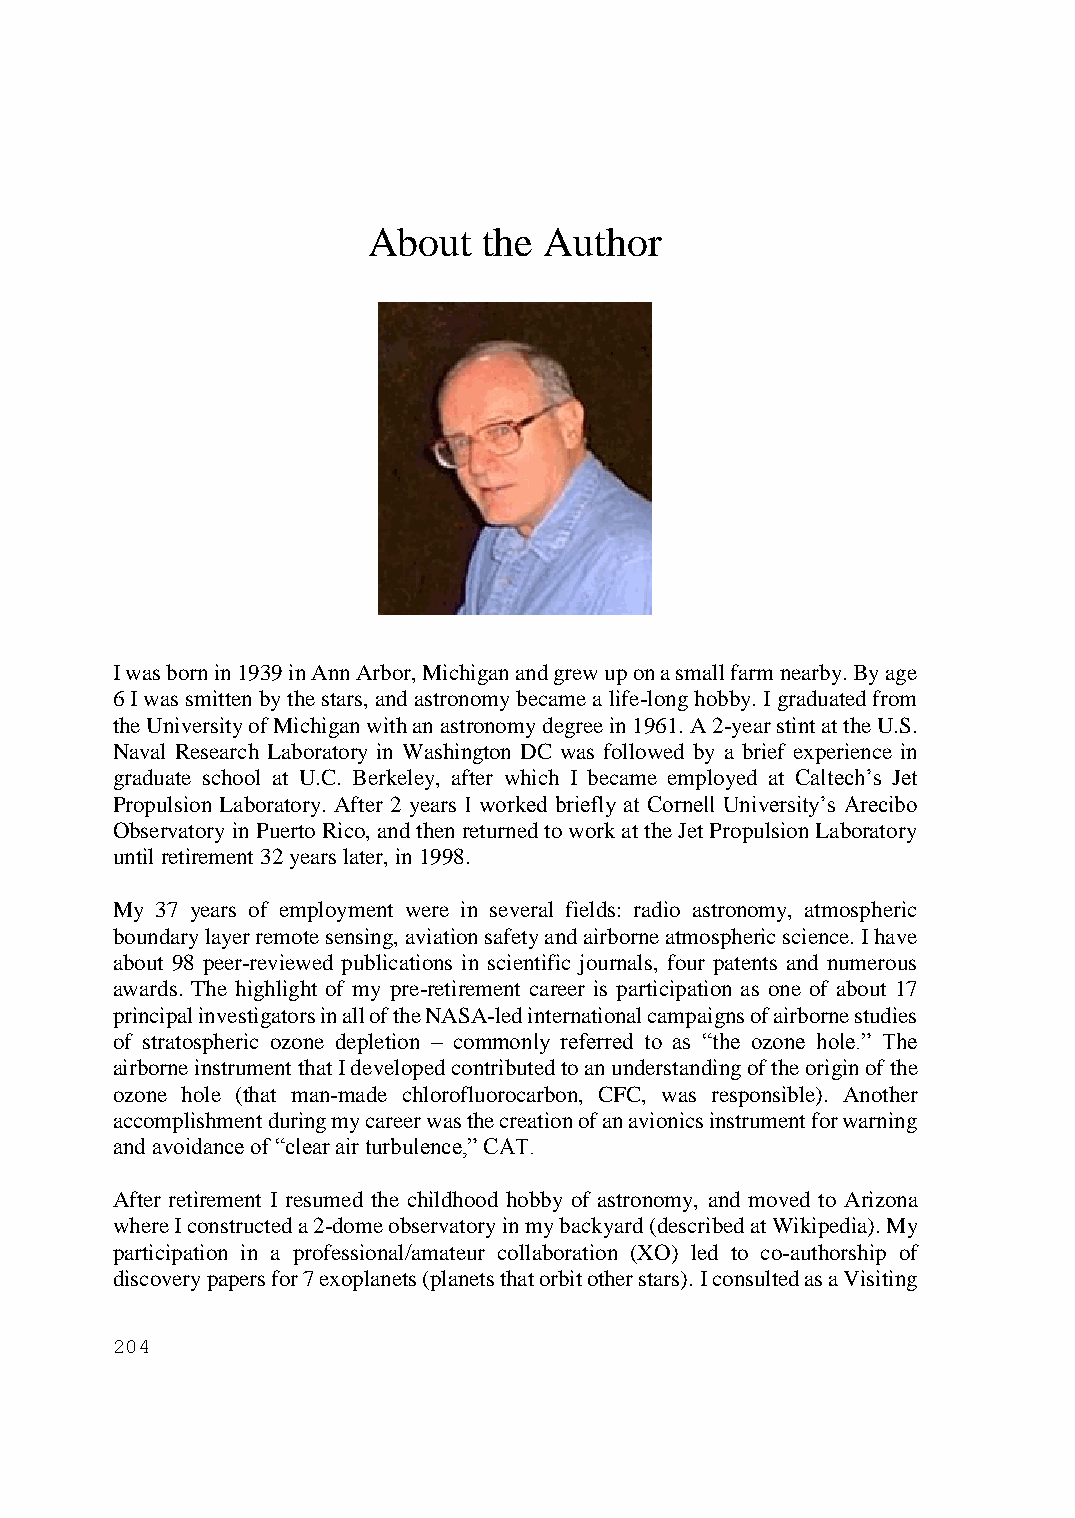
About   the Author
 I was born in 1939 in Ann Arbor, Michigan and grew up on a small farm nearby. By age
 6 I was smitten by the stars, and astronomy became a life-long hobby. I graduated from
 the University of Michigan with an astronomy degree in 1961. A 2-year stint at the U.S.
 Naval Research Laboratory in Washington DC was followed by a brief experience in
 graduate school at U.C. Berkeley, after which I became employed at Caltech’s Jet
 Propulsion Laboratory. After 2 years I worked briefly at Cornell University’s Arecibo
 Observatory in Puerto Rico, and then returned to work at the Jet Propulsion Laboratory
 until retirement 32 years later, in 1998.
 My 37 years of employment were in several fields: radio astronomy, atmospheric
 boundary layer remote sensing, aviation safety and airborne atmospheric science. I have
 about 98 peer-reviewed publications in scientific journals, four patents and numerous
 awards. The highlight of my pre-retirement career is participation as one of about 17
 principal investigators in all of the NASA-led international campaigns of airborne studies
 of stratospheric ozone depletion – commonly referred to as “the ozone hole.” The
 airborne instrument that I developed contributed to an understanding of the origin of the
 ozone hole (that man-made chlorofluorocarbon, CFC, was responsible). Another
 accomplishment during my career was the creation of an avionics instrument for warning
 and avoidance of “clear air turbulence,” CAT.
 After retirement I resumed the childhood hobby of astronomy, and moved to Arizona
 where I constructed a 2-dome observatory in my backyard (described at Wikipedia). My
 participation in a professional/amateur collaboration (XO) led to co-authorship of
 discovery papers for 7 exoplanets (planets that orbit other stars). I consulted as a Visiting
 204